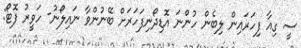
ސީ ގިއާ ފިހަރައިން ލިބެން ހުންނަ އޮޑިދޯނިފަހަރަށް ބޭނުންވާ ނައިލޯނު- ހަވީރު ފޮޓޯ: